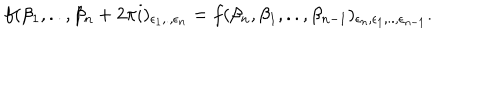
f ( \beta _ { 1 } , . . , \beta _ { n } + 2 \pi i ) _ { \epsilon _ { 1 } , . , \epsilon _ { n } } = f ( \beta _ { n } , \beta _ { 1 } , . . , \beta _ { n - 1 } ) _ { \epsilon _ { n } , \epsilon _ { 1 } , . . , \epsilon _ { n - 1 } } .